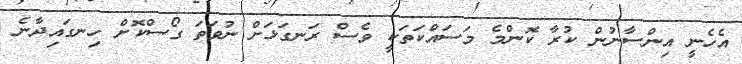
އެހެނީ އިންސާނުން ކުރާ ކޮންމެ މަސައްކަތަކީ ވެސް ރަނގަޅަށް ނުވަތަ ގޯސްކޮށް ހިނގައިދާނެ